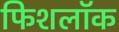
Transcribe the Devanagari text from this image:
फिशलॉक